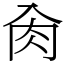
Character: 肏